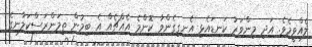
ލެއްވީމެވެ. އަދި މިންވަރު ކަނޑައެޅި އެނގިގެންވާ ކޮންމެ އެއްޗެއް އެ ބިމުން ތިމަންރަސްކަލާނގެ